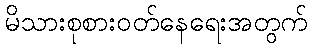
မိသားစုစားဝတ်နေရေးအတွက်